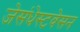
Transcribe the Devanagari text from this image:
जेसंधेस्टवेसन